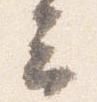
云